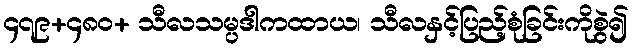
၄၇၉+၄၈၀+ သီလသမ္ပဒါကထာယ၊ သီလနှင့်ပြည့်စုံခြင်းကိုစွဲ၍